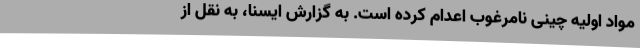
مواد اولیه چینی نامرغوب اعدام کرده است. به گزارش ایسنا، به نقل از